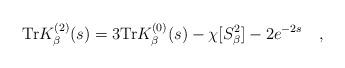
LaTeX: \begin{align*}\mbox{Tr} K_\beta^{(2)}(s)=3\mbox{Tr} K_\beta^{(0)}(s)-\chi[S^2_\beta]-2e^{-2s}~~~,\end{align*}